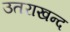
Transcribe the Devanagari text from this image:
उतराखन्द